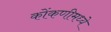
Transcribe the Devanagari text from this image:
कोंकणीमध्ये